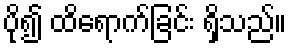
ပို၍ ထိရောက်ခြင်း ရှိသည်။